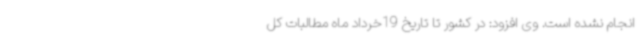
انجام نشده است. وی افزود: در کشور تا تاریخ 19خرداد ماه مطالبات کل